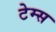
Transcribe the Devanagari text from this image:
टेम्‍स